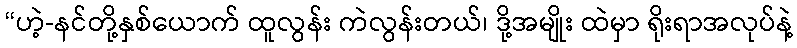
“ဟဲ့-နင်တို့နှစ်ယောက် ထူလွန်း ကဲလွန်းတယ်၊ ဒို့အမျိုး ထဲမှာ ရိုးရာအလုပ်နဲ့